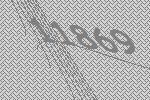
11869